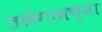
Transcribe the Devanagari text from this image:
तळेगावच्या